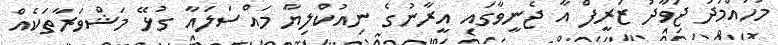
މުހައްމަދު ޖަވާދު ޒަރީފް އާ ޖެނީވާގައި އީރާނުގެ ނިއުކްލިޔާ މައްސަލައާ ގުޅޭ މަޝްވަރާތަކެއް